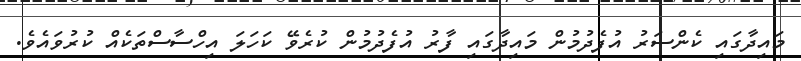
މައިދާގައި ކެންސަރު އުފެދުމުން މައިދާގައި ފާރު އުފެދުމުން ކުރެވޭ ކަހަލަ އިހްސާސްތަކެއް ކުރުވައެވެ.